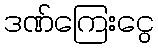
ဒဏ်ကြေးငွေ